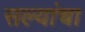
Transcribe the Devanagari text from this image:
सल्यांचा